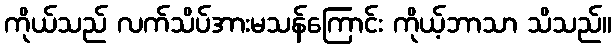
ကိုယ်သည် လက်သိပ်အားမသန်ကြောင်း ကိုယ့်ဘာသာ သိသည်။